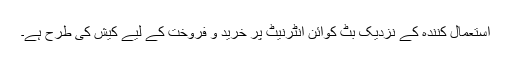
استعمال کنندہ کے نزدیک بِٹ کوائن انٹرنیٹ پر خرید و فروخت کے لیے کیش کی طرح ہے۔